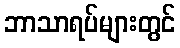
ဘာသာရပ်များတွင်